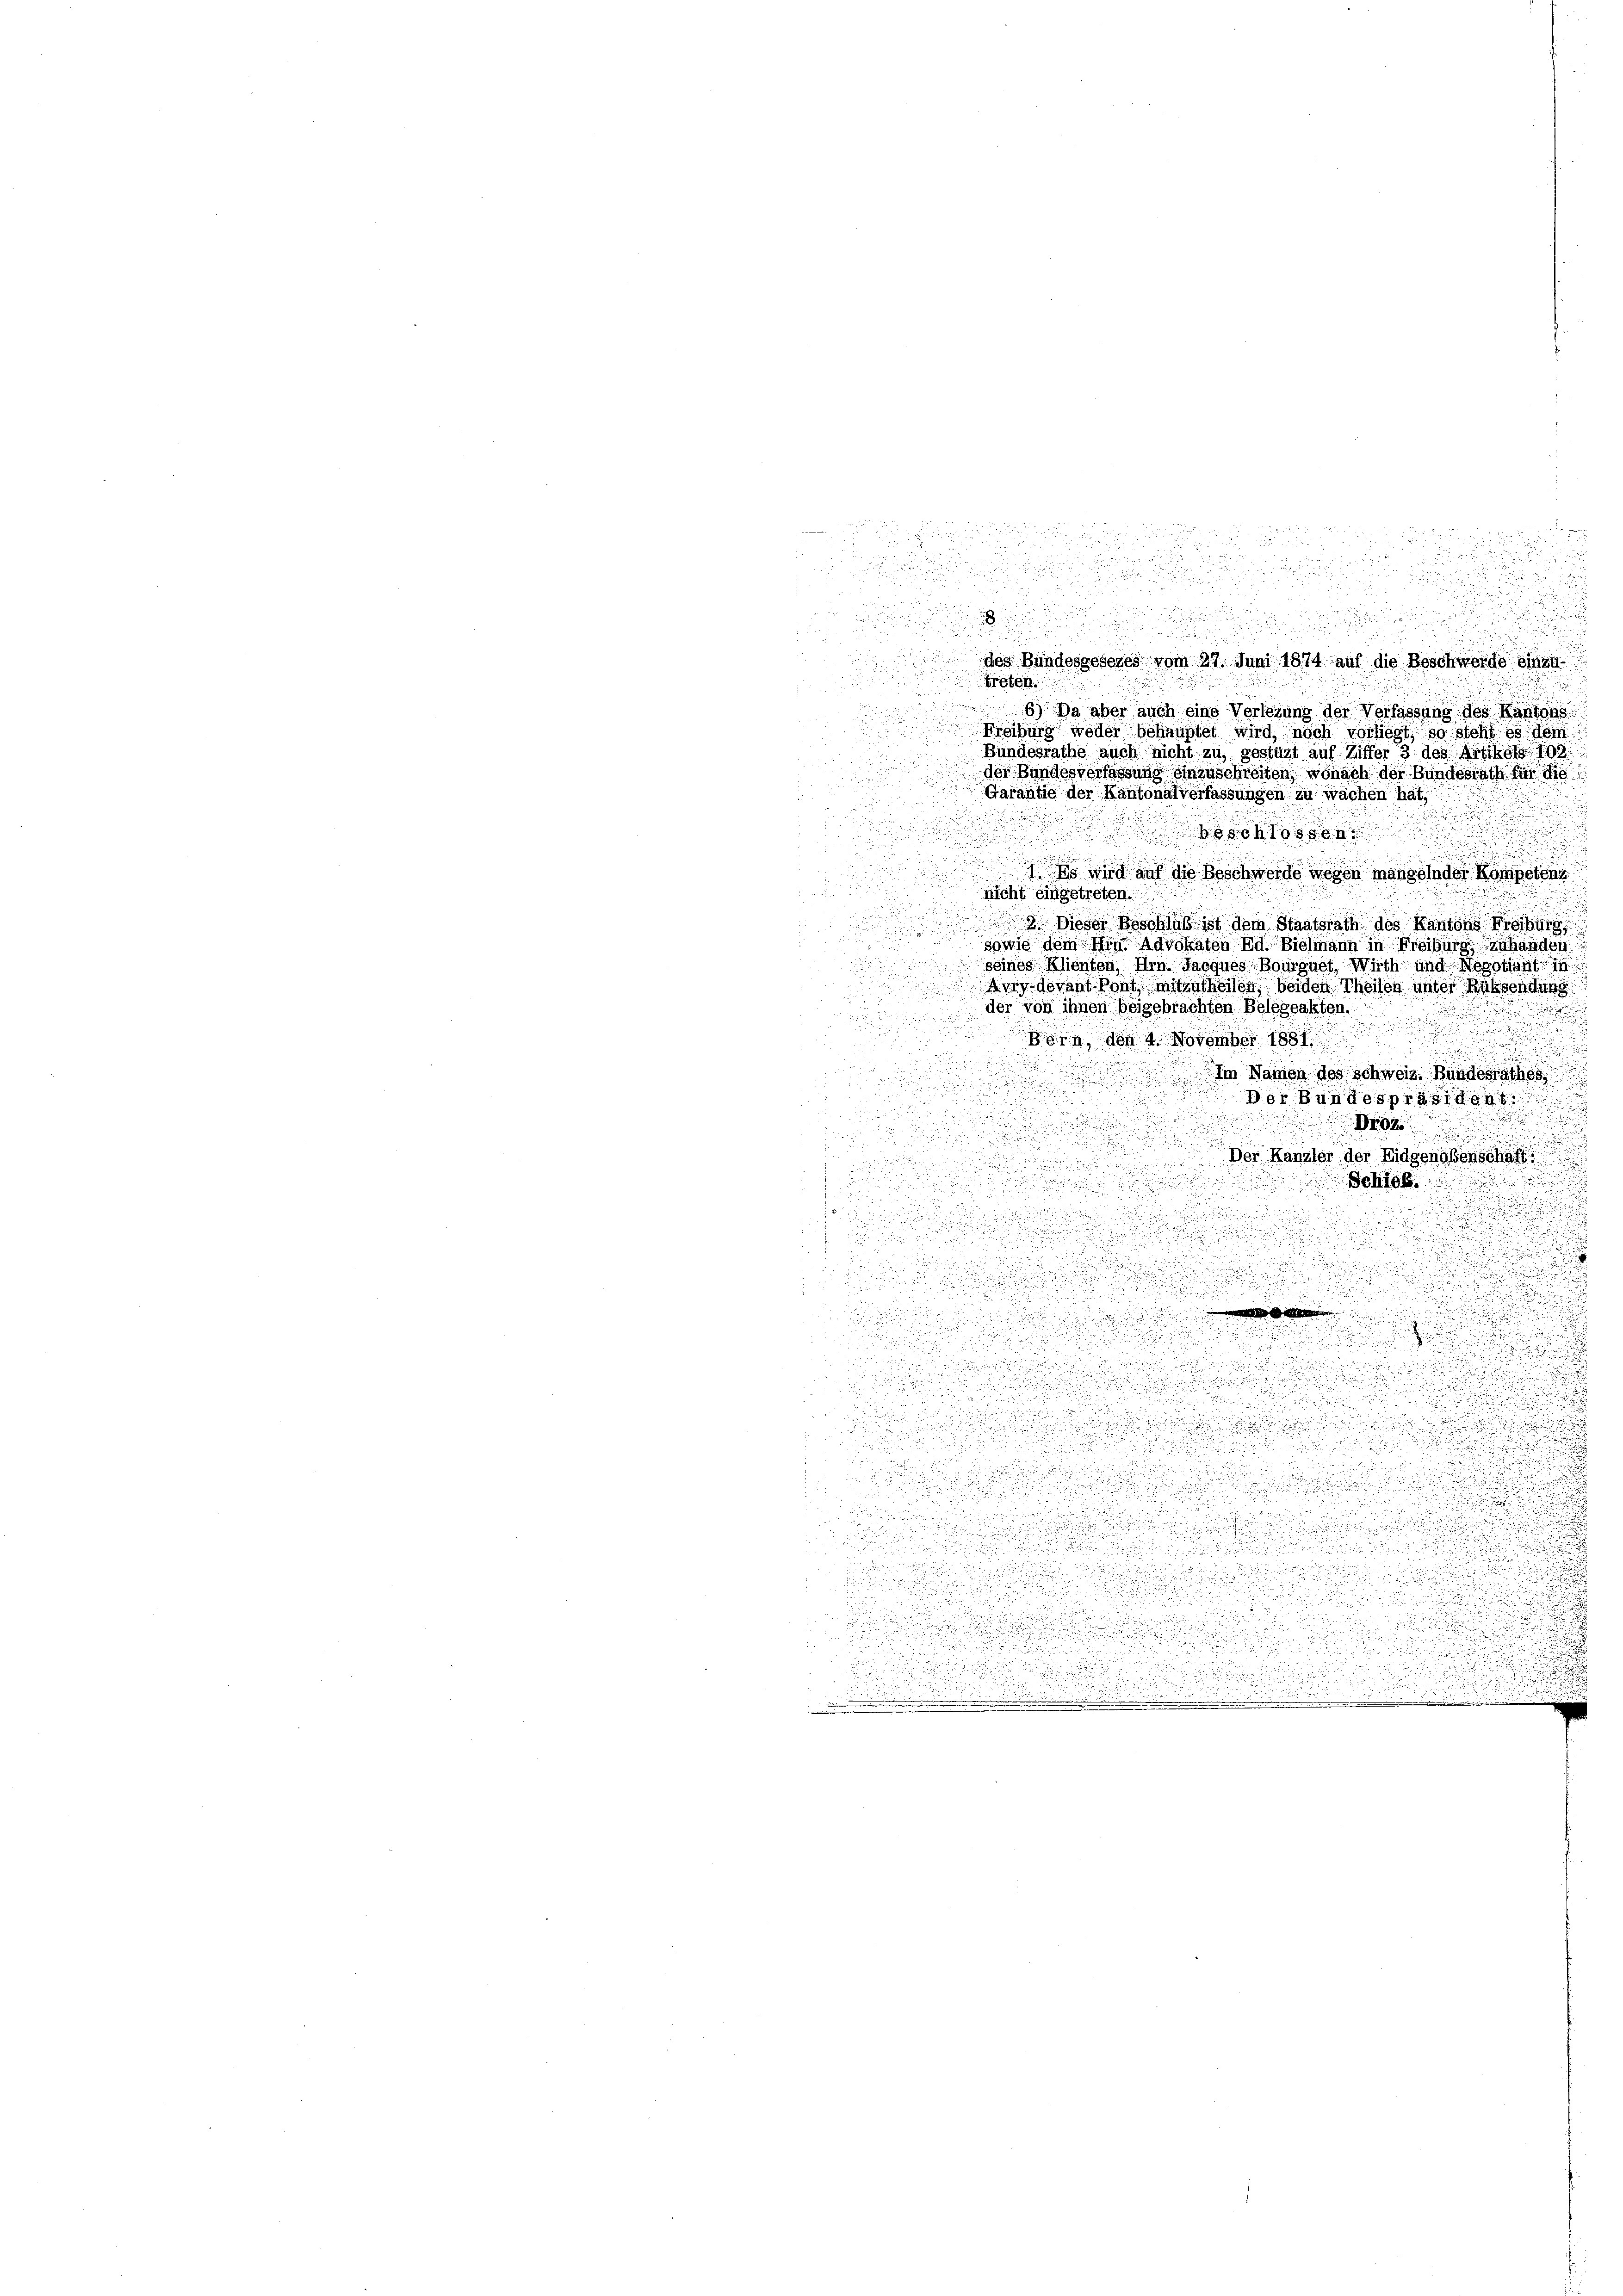
g
e
i

he
¬
a
5

d

des Bundesgesezes vom 27. Juni 1871 auf die Beschwerde einen
treten.

¬
u
6) Da aber auch eine Verlegung der Verfassung des Kantons
2
.
Freiburg weder behauptet wird, noch vorliegt, so steht es dem
Bundesrathe auch nicht zu gestüzt auf Ziffer 3 des Artikel 198.
der Bundesverfassung einzuschreiten, wonach der Bundesrath für d
Garantie der Kantonalverfassungen zu wachen hat,
¬
 et hat schlossen
u
d
i
i

 wird auf die Beschwerde wegen mangelnder Kompetent
nicht eingetreten.
u
 Dieser Beschluß ist dem Staatsrath des Kantons Freiburg
sowie dem Hrn. Advokaten Ed. Bielmann in Freiburg, zuhänden
seines Klienten, Hrn. Jacques Bourgust, Wirth und Negotiant

ors devant von mitzutheilen, beiden Theilen unter Rücksendung
der von ihnen beigebrachten Belegeakten.

Bern, den 4. November 1881
i
Im Namen des Schweiz. Bundesrathes
u
a

Der Bundespräsident

B192
.

.

Der Kanaler der Eidgenoßenschaft

i

Schick

e

.
.

.
u
n
u
e
u

a

.

u

u
.

u

u
.
s
.
.
.

e
d

.
2

d

2

u
.

u

5

.

d
n

.

u
.

.
.

r

u
denr
u

.

u
.
.
dee eine einen in des Herr
u du
u

u

f

u

c

.

ä
u
e

.
d
.

288.
.
e

1

e
u

u

u

n

i

un

.